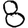
Digit: 8